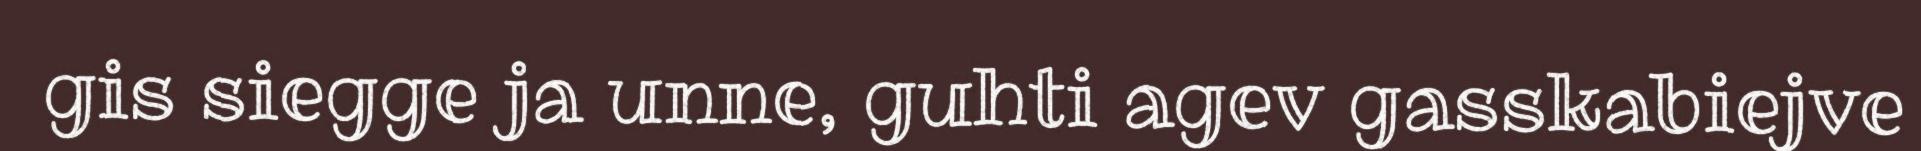
gis siegge ja unne, guhti agev gasskabiejve